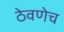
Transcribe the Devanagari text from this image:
ठेवणेच